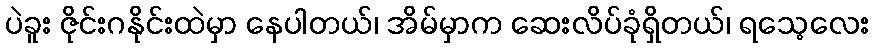
ပဲခူး ဇိုင်းဂနိုင်းထဲမှာ နေပါတယ်၊ အိမ်မှာက ဆေးလိပ်ခုံရှိတယ်၊ ရသေ့လေး